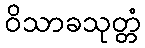
ဝိသာခသုတ္တံ